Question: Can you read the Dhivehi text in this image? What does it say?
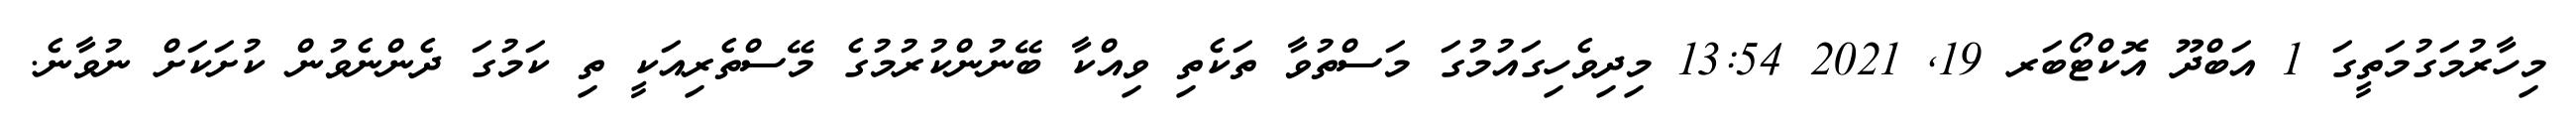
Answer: މިހާރުމަގުމަތީގަ 1 އަބްދޫ އޮކްޓޯބަރ 19, 2021 13:54 މިދިވެހިގައުމުގަ މަސްތުވާ ތަކެތި ވިއްކާ ބޭނުންކުރުމުގެ މޭސްތެރިއަކީ ތި ކަމުގަ ދެންނެވުން ކުށަކަށް ނުވާނެ.